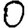
Digit: 0